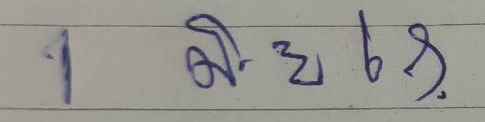
1 มิ.ย. 68